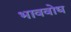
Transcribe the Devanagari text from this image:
भाववोध